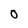
Character: 0